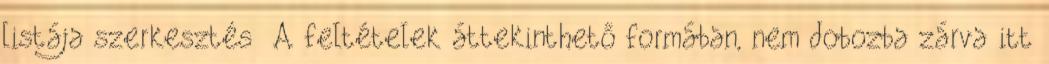
listája szerkesztés A feltételek áttekinthető formában, nem dobozba zárva itt